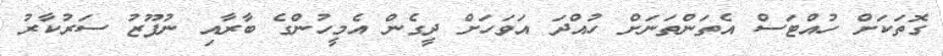
ގޮތަކަށް ހުއްޓަސް އެތަންތަނަށް ހުއްދަ އަވަހަށް ދީގެން އެމީހުންގެ ބާރާއި ނުފޫޒު ސަރުކާރު